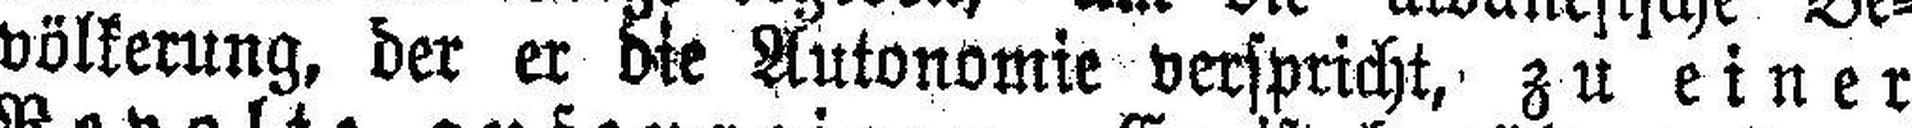
völkerung, der er die Autonomie verspricht, zu einer